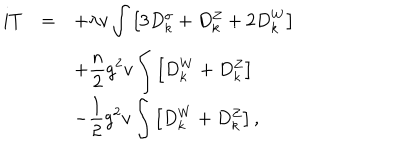
\begin{array} { r c l } { { i T } } & { { = } } & { { \displaystyle + \lambda v \int \left[ 3 D _ { k } ^ { \sigma } + D _ { k } ^ { Z } + 2 D _ { k } ^ { W } \right] } } \\ { { } } & { { } } & { { \displaystyle + \frac { n } { 2 } g ^ { 2 } v \int \left[ D _ { k } ^ { W } + D _ { k } ^ { Z } \right] } } \\ { { } } & { { } } & { { \displaystyle - \frac { 1 } { 2 } g ^ { 2 } v \int \left[ D _ { k } ^ { W } + D _ { k } ^ { Z } \right] , } } \\ \end{array}